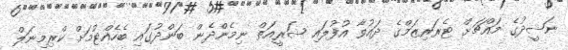
ނަޝީދުގެ މައްޗަށް ޓެރަރިޒަމްގެ ދައުވާ އުފުލައި ޝަރީއަތް ނިމެންދެން ބަންދުގައި ބެހެއްޓުމަށް ކްރިމިނަލް